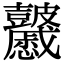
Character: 𥀽